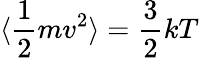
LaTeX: \langle\frac{1}{2}mv^{2}\rangle=\frac{3}{2}kT